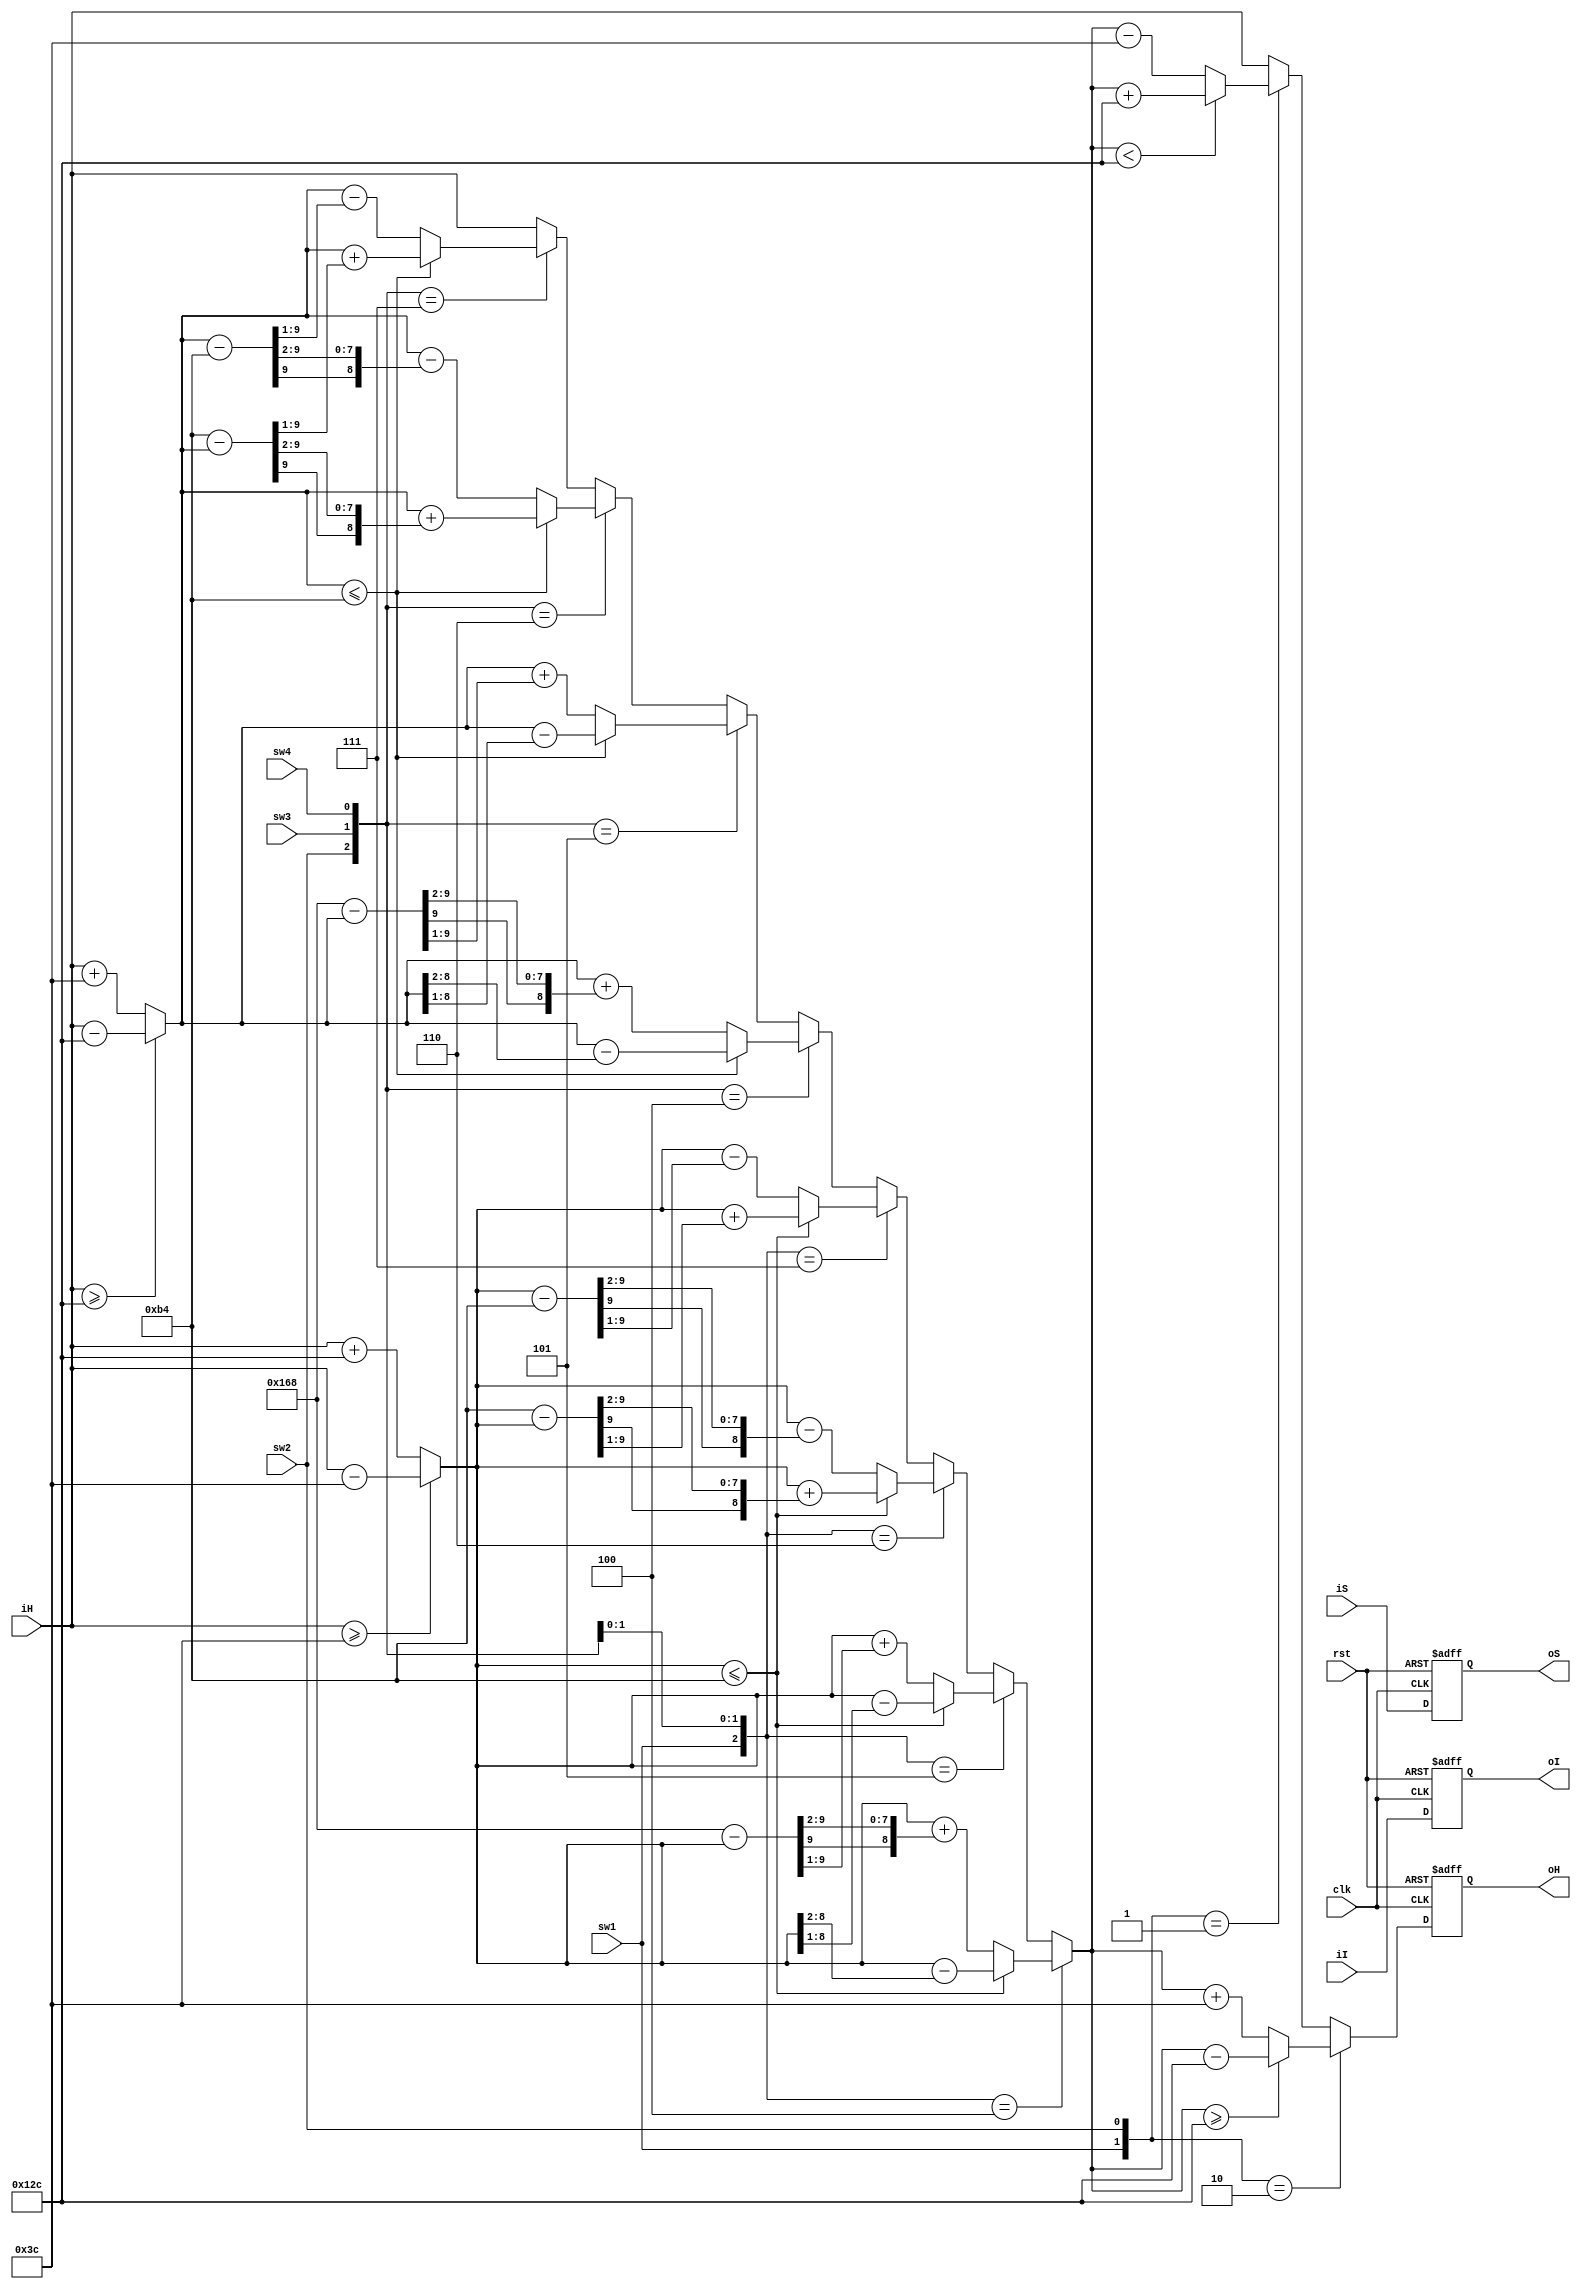
module HSI2HSI_temp(
	clk,
	rst,
	iH,
	iS,
	iI,
	sw1,
	sw2,
	sw3,
	sw4,
	oH,
	oS,
	oI
);
input               clk;
input               rst;
input		[8:0]	iH;
input		[7:0]	iS;
input		[7:0]	iI;
input               sw1;
input               sw2;
input               sw3;
input               sw4;
output      [8:0]   oH;
output      [7:0]   oS;
output      [7:0]   oI;

reg [8:0] oH_r, oH_w;
reg [7:0] oS_r, oS_w;
reg [7:0] oI_r, oI_w;

wire [8:0] iH2,iH3;

assign oH = oH_r; 
assign oS = oS_r;
assign oI = oI_r;
assign iH2 = (iH>=60)? iH-60 : iH+300;
assign iH3 = (iH>=300)?iH-300 : iH+60; 
always @(*) begin
	oI_w = iI;
	oS_w = iS;
	if({sw1,sw3,sw4}==3'b100) begin
		if(iH2<=180) begin
			oH_w = iH2 - (iH2 >> 2);
		end // if(iH2<=180)
		else begin
			oH_w = iH2 + ((360-iH2) >> 2);
		end // else
	end
	else if({sw1,sw3,sw4}==3'b101) begin
		if(iH2<=180) begin
			oH_w = iH2 - (iH2 >> 1);
		end // if(iH2<=180)
		else begin
			oH_w = iH2 + ((360-iH2) >> 1);
		end // else
	end
	else if({sw1,sw3,sw4}==4'b110) begin
		if(iH2<=180) begin
			oH_w = iH2 + ((180-iH2) >> 2);
		end // if(iH2<=180)
		else begin
			oH_w = iH2 - ((iH2-180) >> 2);
		end // else
	end
	else if({sw1,sw3,sw4}==3'b111) begin
		if(iH2<=180) begin
			oH_w = iH2 + ((180-iH2) >> 1);
		end // if(iH2<=180)
		else begin
			oH_w = iH2 - ((iH2-180) >> 1);
		end // else
	end
	else begin
	//
		if({sw2,sw3,sw4}==3'b100) begin
			if(iH3<=180) begin
				oH_w = iH3 - (iH3 >> 2);
			end // if(iH2<=180)
			else begin
				oH_w = iH3 + ((360-iH3) >> 2);
			end // else
		end
		else if({sw2,sw3,sw4}==3'b101) begin
			if(iH3<=180) begin
				oH_w = iH3 - (iH3 >> 1);
			end // if(iH2<=180)
			else begin
				oH_w = iH3 + ((360-iH3) >> 1);
			end // else
		end
		else if({sw2,sw3,sw4}==3'b110) begin
			if(iH3<=180) begin
				oH_w = iH3 + ((180-iH3) >> 2);
			end // if(iH2<=180)
			else begin
				oH_w = iH3 - ((iH3-180) >> 2);
			end // else
		end
		else if({sw2,sw3,sw4}==3'b111) begin
			if(iH3<=180) begin
				oH_w = iH3 + ((180-iH3) >> 1);
			end // if(iH2<=180)
			else begin
				oH_w = iH3 - ((iH3-180) >> 1);
			end // else
		end
		else begin
			oH_w = iH;
		end
	end 
	
end

always @(posedge clk or negedge rst) begin
	if(~rst) begin
		oH_r <= 0;
		oS_r <= 0;
		oI_r <= 0;
	end 
	else begin
		oS_r <= oS_w;
		oI_r <= oI_w;
		if({sw1,sw2}==2'b10)begin
			if(oH_w>=300)begin
				oH_r <= oH_w - 300;
			end // if(oH_w>=300)
			else begin
				oH_r <= oH_w + 60;
			end // else
		end // if({sw1,sw2}==2'b10)
		else if({sw1,sw2}==2'b01)begin
			if(oH_w<300)begin
				oH_r <= oH_w + 300;
			end // if(oH_w>=300)
			else begin
				oH_r <= oH_w - 60;
			end // else
		end // else if({sw1,sw2}==2'b01)
		else begin
			oH_r <= iH;
		end // else
	end
end


endmodule // HSI